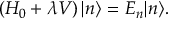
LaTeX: \left( H _ { 0 } + \lambda V \right) | n \rangle = E _ { n } | n \rangle .